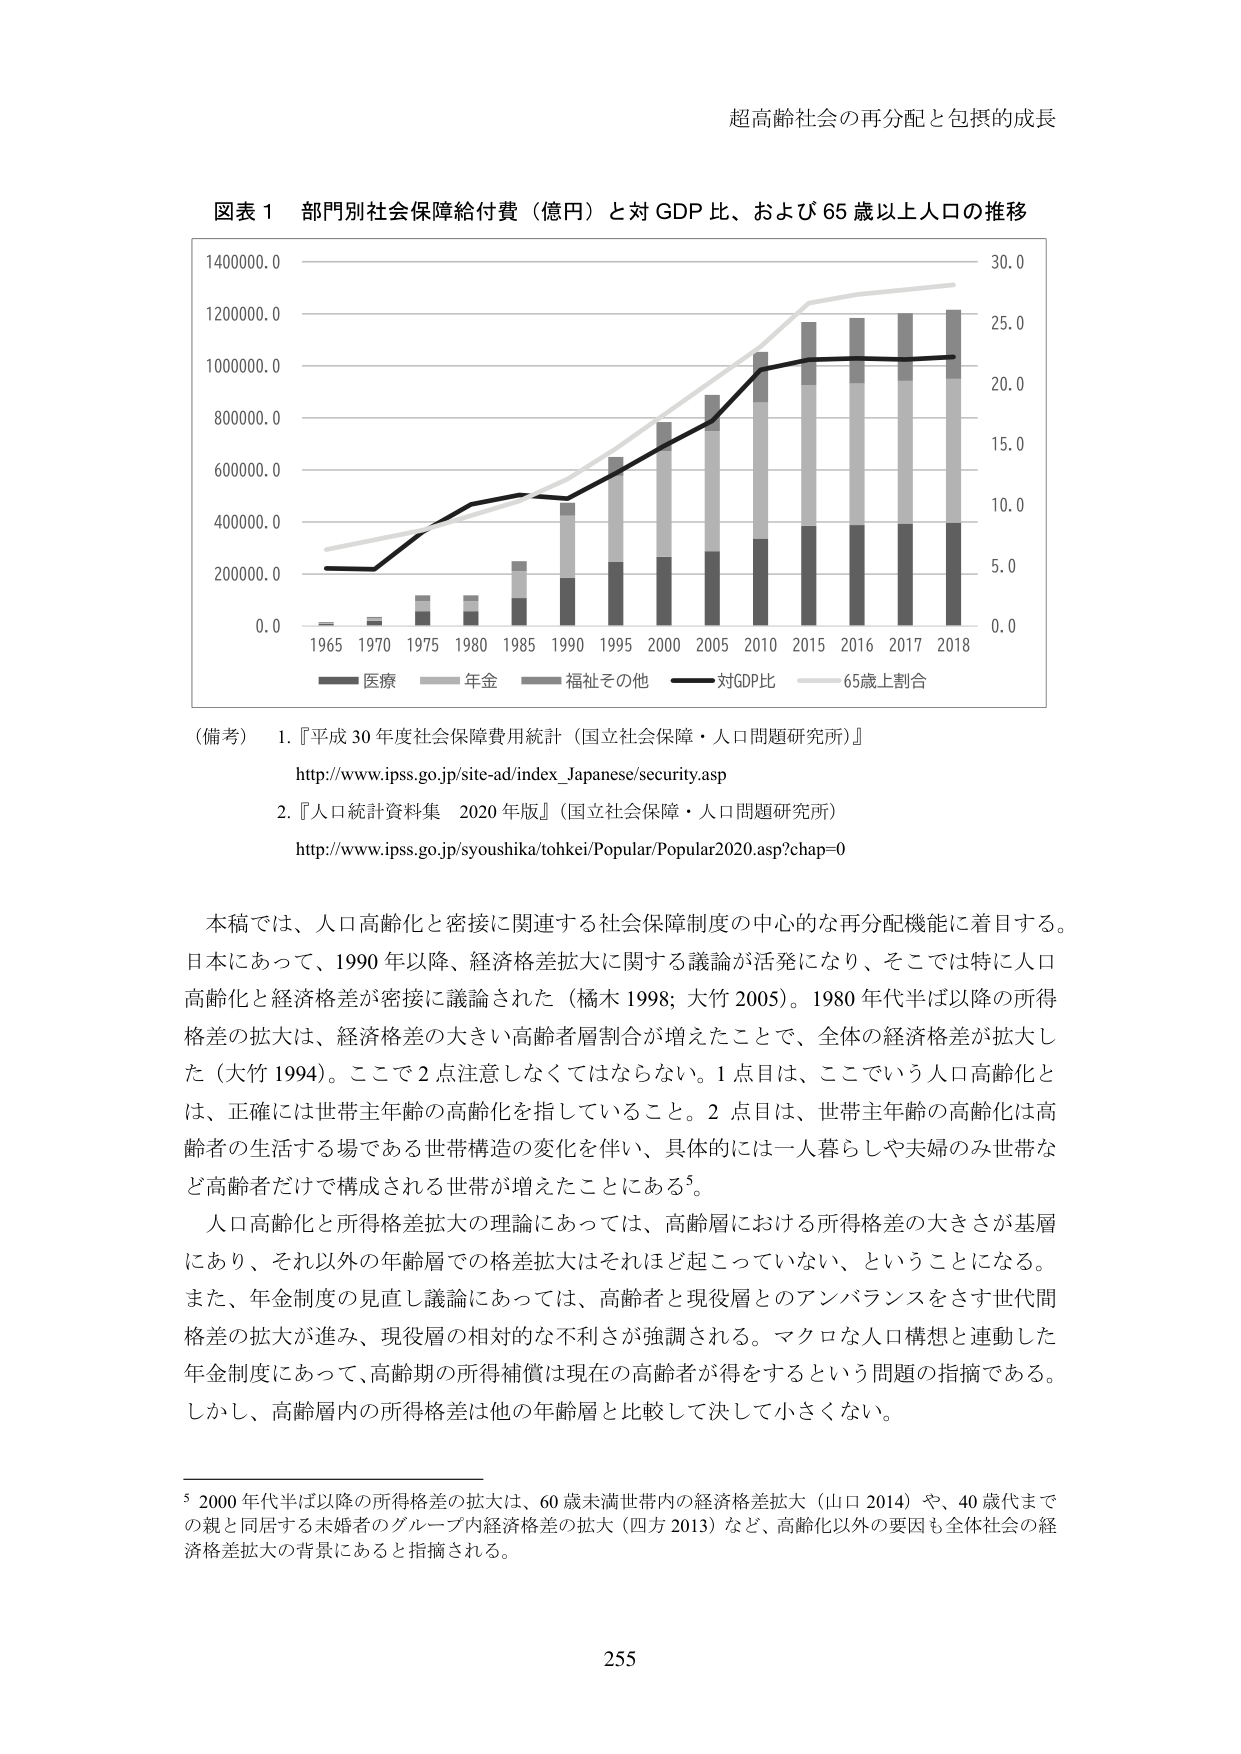
超高齢社会の再分配と包摂的成長

図表１ 部門別社会保障給付費（億円）と対GDP比、および65歳以上人口の推移

1400000.0
1200000.0
1000000.0
800000.0
600000.0
400000.0
200000.0
0.0

1965 1970 1975 1980 1985 1990 1995 2000 2005 2010 2015 2016 2017 2018

医療 年金 福祉その他 対GDP比 65歳上割合

30.0
25.0
20.0
15.0
10.0
5.0
0.0

（備考） 1.『平成30年度社会保障費用統計（国立社会保障・人口問題研究所）』
http://www.ipss.go.jp/site-ad/index_Japanese/security.asp

2.『人口統計資料集 2020年版』（国立社会保障・人口問題研究所）
http://www.ipss.go.jp/syoushika/tohkei/Popular/Popular2020.asp?chap=0

本稿では、人口高齢化と密接に関連する社会保障制度の中心的な再分配機能に着目する。
日本にあって、1990年以降、経済格差拡大に関する議論が活発になり、そこでは特に人口
高齢化と経済格差が密接に議論された（橘木1998; 大竹2005）。1980年代半ば以降の所得
格差の拡大は、経済格差の大きい高齢者層割合が増えたことで、全体の経済格差が拡大し
た（大竹1994）。ここで2点注意しなくてはならない。1点目は、ここでいう人口高齢化と
は、正確には世帯主年齢の高齢化を指していること。2点目は、世帯主年齢の高齢化は高
齢者の生活する場である世帯構造の変化を伴い、具体的には一人暮らしや夫婦のみ世帯な
ど高齢者だけで構成される世帯が増えたことにある⁵。

人口高齢化と所得格差拡大の理論にあっては、高齢層における所得格差の大きさが基層
にあり、それ以外の年齢層での格差拡大はそれほど起こっていない、ということになる。
また、年金制度の見直し議論にあっては、高齢者と現役層とのアンバランスをさす世代間
格差の拡大が進み、現役層の相対的な不利さが強調される。マクロな人口構想と連動した
年金制度にあって、高齢期の所得補償は現在の高齢者が得をするという問題の指摘である。
しかし、高齢層内の所得格差は他の年齢層と比較して決して小さくない。

⁵ 2000年代半ば以降の所得格差の拡大は、60歳未満世帯内の経済格差拡大（山口2014）や、40歳代まで
の親と同居する未婚者のグループ内経済格差の拡大（四方2013）など、高齢化以外の要因も全体社会の経
済格差拡大の背景にあると指摘される。

255